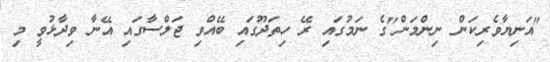
"އަނިޔާވެރިކަން ނިންމަން"ގެ ނަމުގައި ރޭ ހިތަދޫގައި ބޭއްވި ޖަލްސާގައި އޭނާ ވިދާޅުވީ މި